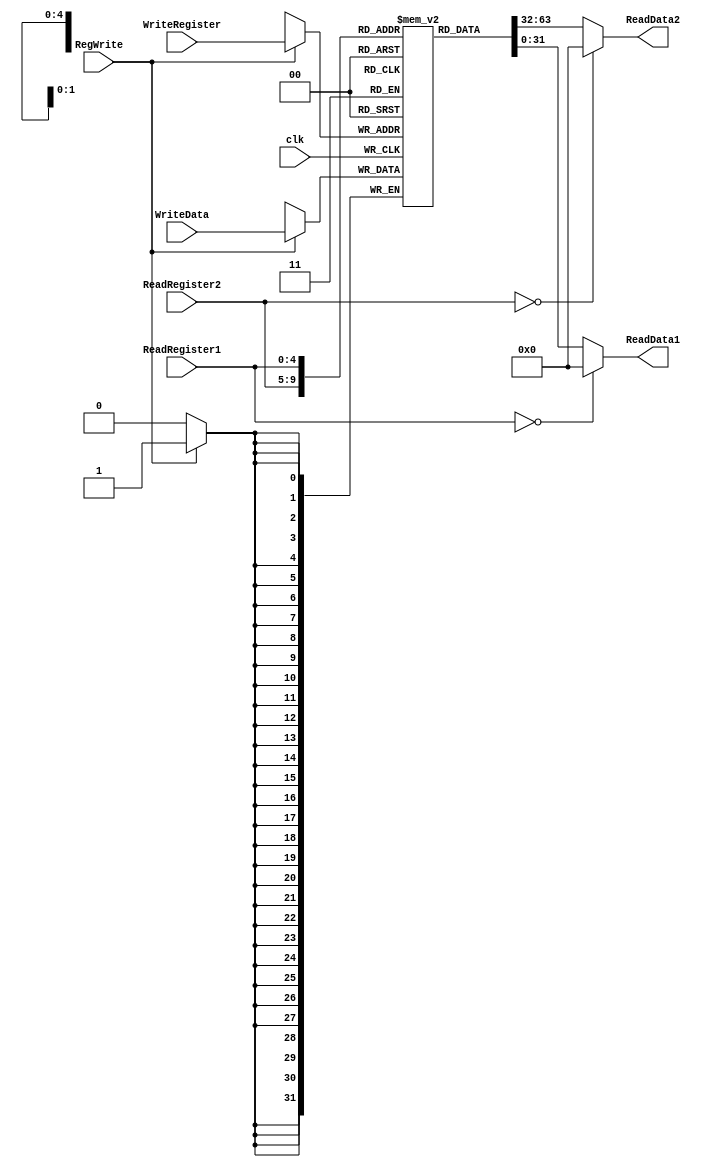
module RBWRegisters(clk,ReadRegister1,WriteData,ReadRegister2,WriteRegister,RegWrite,ReadData1,ReadData2);
    input clk;
    input [4:0] ReadRegister1,ReadRegister2,WriteRegister;
    input [31:0] WriteData;
    input RegWrite;
    output [31:0]ReadData1,ReadData2;
    
     reg [31:0] regs [31:0];
    assign ReadData1 = (ReadRegister1==5'b0) ? 32'b0 : regs[ReadRegister1];
    assign ReadData2 = (ReadRegister2==5'b0) ? 32'b0 : regs[ReadRegister2];
    
    always @(posedge clk) begin
        if(RegWrite)
            regs[WriteRegister] <= WriteData;
    end
    
endmodule